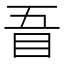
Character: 𥄪